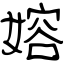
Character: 嫆